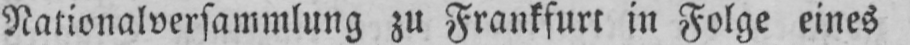
Nationalversammlung zu Frankfurt in Folge eines